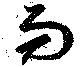
而